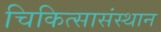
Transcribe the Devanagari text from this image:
चिकित्सासंस्थान